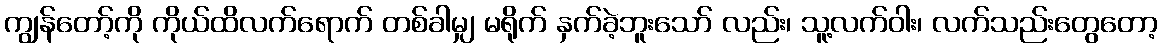
ကျွန်တော့်ကို ကိုယ်ထိလက်ရောက် တစ်ခါမျှ မရိုက် နှက်ခဲ့ဘူးသော် လည်း၊ သူ့လက်ဝါး၊ လက်သည်းတွေတော့